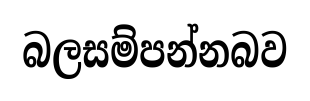
බලසම්පන්නබව